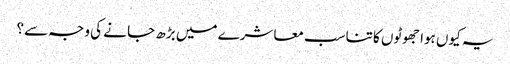
یہ کیوں ہوا جھوٹوں کا تناسب معاشرے میں بڑھ جا نے کی وجہ سے؟